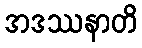
အဒဿနာတိ